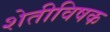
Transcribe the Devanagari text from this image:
शेतीविषक